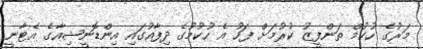
މަރުގެ ހުކުމް ތަންފީޒު ކުރުމަށް ފަހު އެ ހުކުމުގެ ދިފާއުގައި އިންޑޮނީޝިއާގެ އެޓާނީ